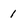
Character: 1